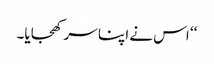
‘‘ اس نے اپنا سر کھجایا۔